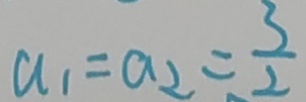
a _ { 1 } = a _ { 2 } = \frac { 3 } { 2 }